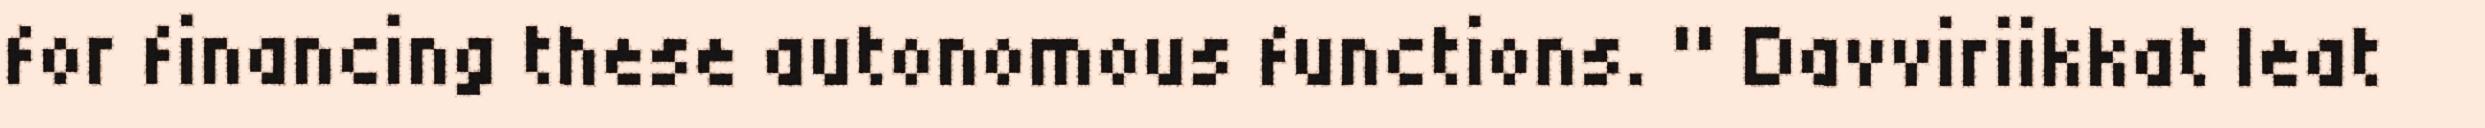
for financing these autonomous functions. " Davviriikkat leat